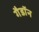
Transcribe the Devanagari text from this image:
गैडाॅन